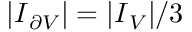
\lvert \boldsymbol { I } _ { \partial V } \rvert = \lvert \boldsymbol { I } _ { V } \rvert / 3